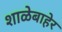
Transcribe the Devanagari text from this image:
शाळेबाहेर